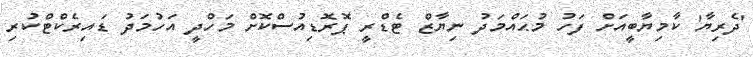
'ދެރިޔާ' ކާމިޔާބީއަށް ފަހު މުޙައްމަދު ނިޔާޒް ޓެޑްރީ ޕޮރޮޑިއުސްކޮށް މަހްދީ އަހުމަދު ޑައިރެކްޓްކުރި